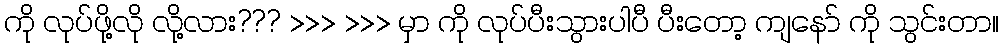
ကို လုပ်ဖို့လို လို့လား??? >>> >>> မှာ ကို လုပ်ပီးသွားပါပီ ပီးတော့ ကျနော် ကို သွင်းတာ။